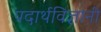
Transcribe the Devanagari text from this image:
पदार्थविज्ञानी